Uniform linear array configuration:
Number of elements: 16
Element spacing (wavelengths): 0.5
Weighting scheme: hann
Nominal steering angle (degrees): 60
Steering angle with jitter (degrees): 61.34
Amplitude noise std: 0.05
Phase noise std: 0.05

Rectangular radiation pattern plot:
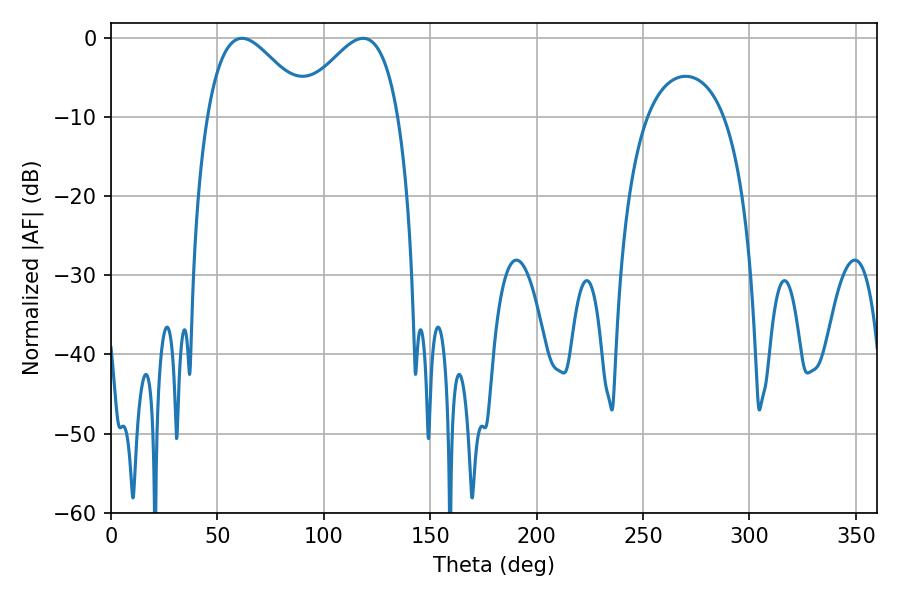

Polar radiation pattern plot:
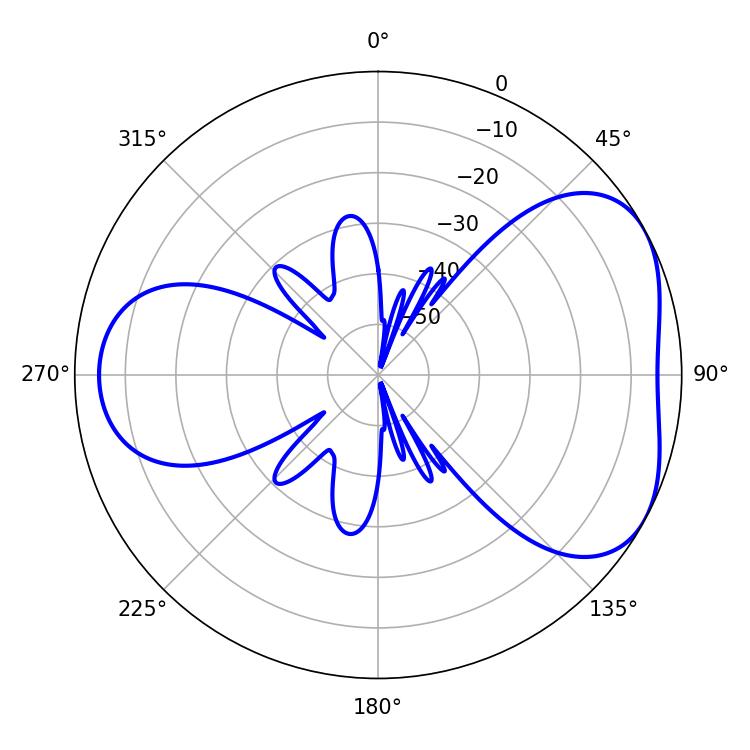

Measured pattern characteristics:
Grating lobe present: FALSE
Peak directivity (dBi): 4.591
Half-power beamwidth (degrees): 25.56
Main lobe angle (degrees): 61.56